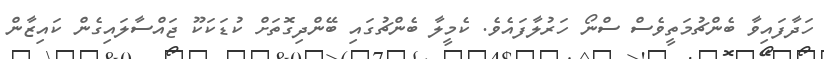
ހަދާފައިވާ ބެންޗުމަތީވެސް ސްނޯ ހަރުލާފައެވެ. ކެމީލާ ބެންޗުގައި ބޭންދިގޮތަށް ކުޑަކަކޫ ޖައްސާލައިގެން ކައިޒާން